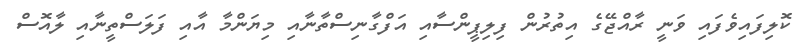
ކޮލިފައިވެފައި ވަނީ ރާއްޖޭގެ އިތުރުން ފިލިޕީންސާއި އަފްގާނިސްތާނާއި މިޔަންމާ އާއި ފަލަސްތީނާއި ލާއޮސް